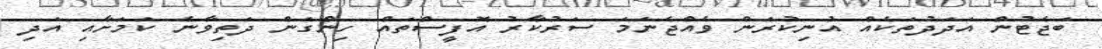
ބަޖެޓުން އަދަދުތަކެއް އުނިކުރަން ވެއްޖެނަމަ ސަރުކާރު އޮފީސްތައް ހިންގަން ދަތިވާނެ ކަމަށާއި އަދި